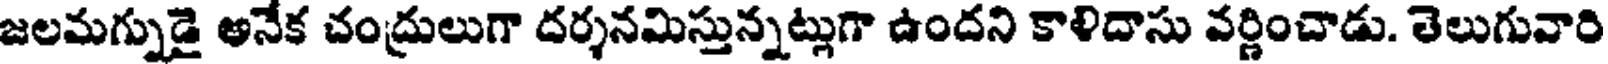
జలమగ్నుడై అనేక చంద్రులుగా దర్శనమిస్తున్నట్లుగా ఉందని కాళిదాసు వర్ణించాడు. తెలుగువారి